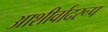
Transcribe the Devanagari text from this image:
आशीर्वादरूप